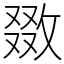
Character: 敪